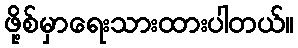
ဖို့စ်မှာရေးသားထားပါတယ်။